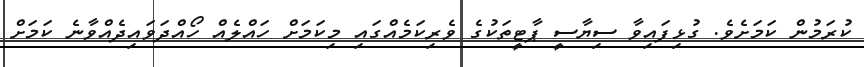
ކުރަމުން ކަމަށެވެ. ގުޅިފައިވާ ސިޔާސީ ޕާޓީތަކުގެ ވެރިކަމެއްގައި މިކަމަށް ހައްލެއް ހޯއްދަވައިދެއްވާނެ ކަމަަށް